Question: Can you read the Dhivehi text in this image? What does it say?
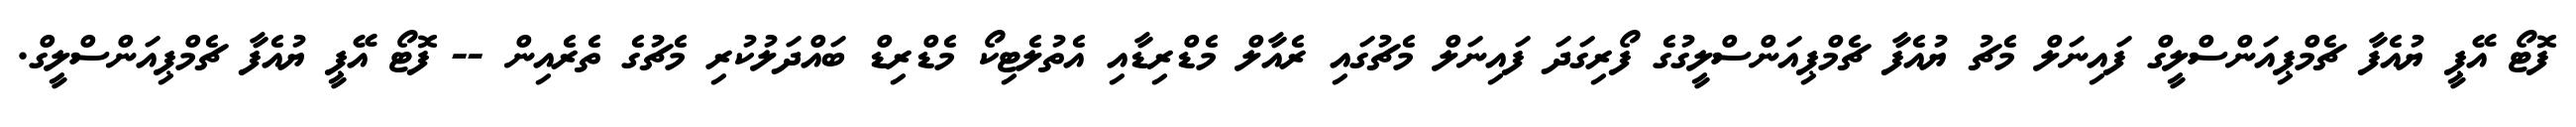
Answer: ފޮޓޯ އޭޕީ ޔުއެފާ ޗެމްޕިއަންސްލީގް ފައިނަލް މެޗު ޔުއެފާ ޗެމްޕިއަންސްލީގުގެ ފޯރިގަދަ ފައިނަލް މެޗުގައި ރެއާލް މެޑްރިޑާއި އެތުލެޓިކޯ މެޑްރިޑް ބައްދަލުކުރި މެޗުގެ ތެރެއިން -- ފޮޓޯ އޭޕީ ޔުއެފާ ޗެމްޕިއަންސްލީގް.